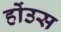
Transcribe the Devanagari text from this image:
होंउस